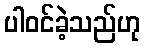
ပါဝင်ခဲ့သည်ဟု